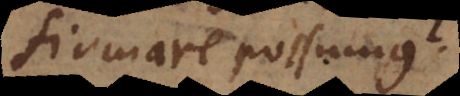
firmare possumus?